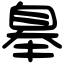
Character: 𦤑